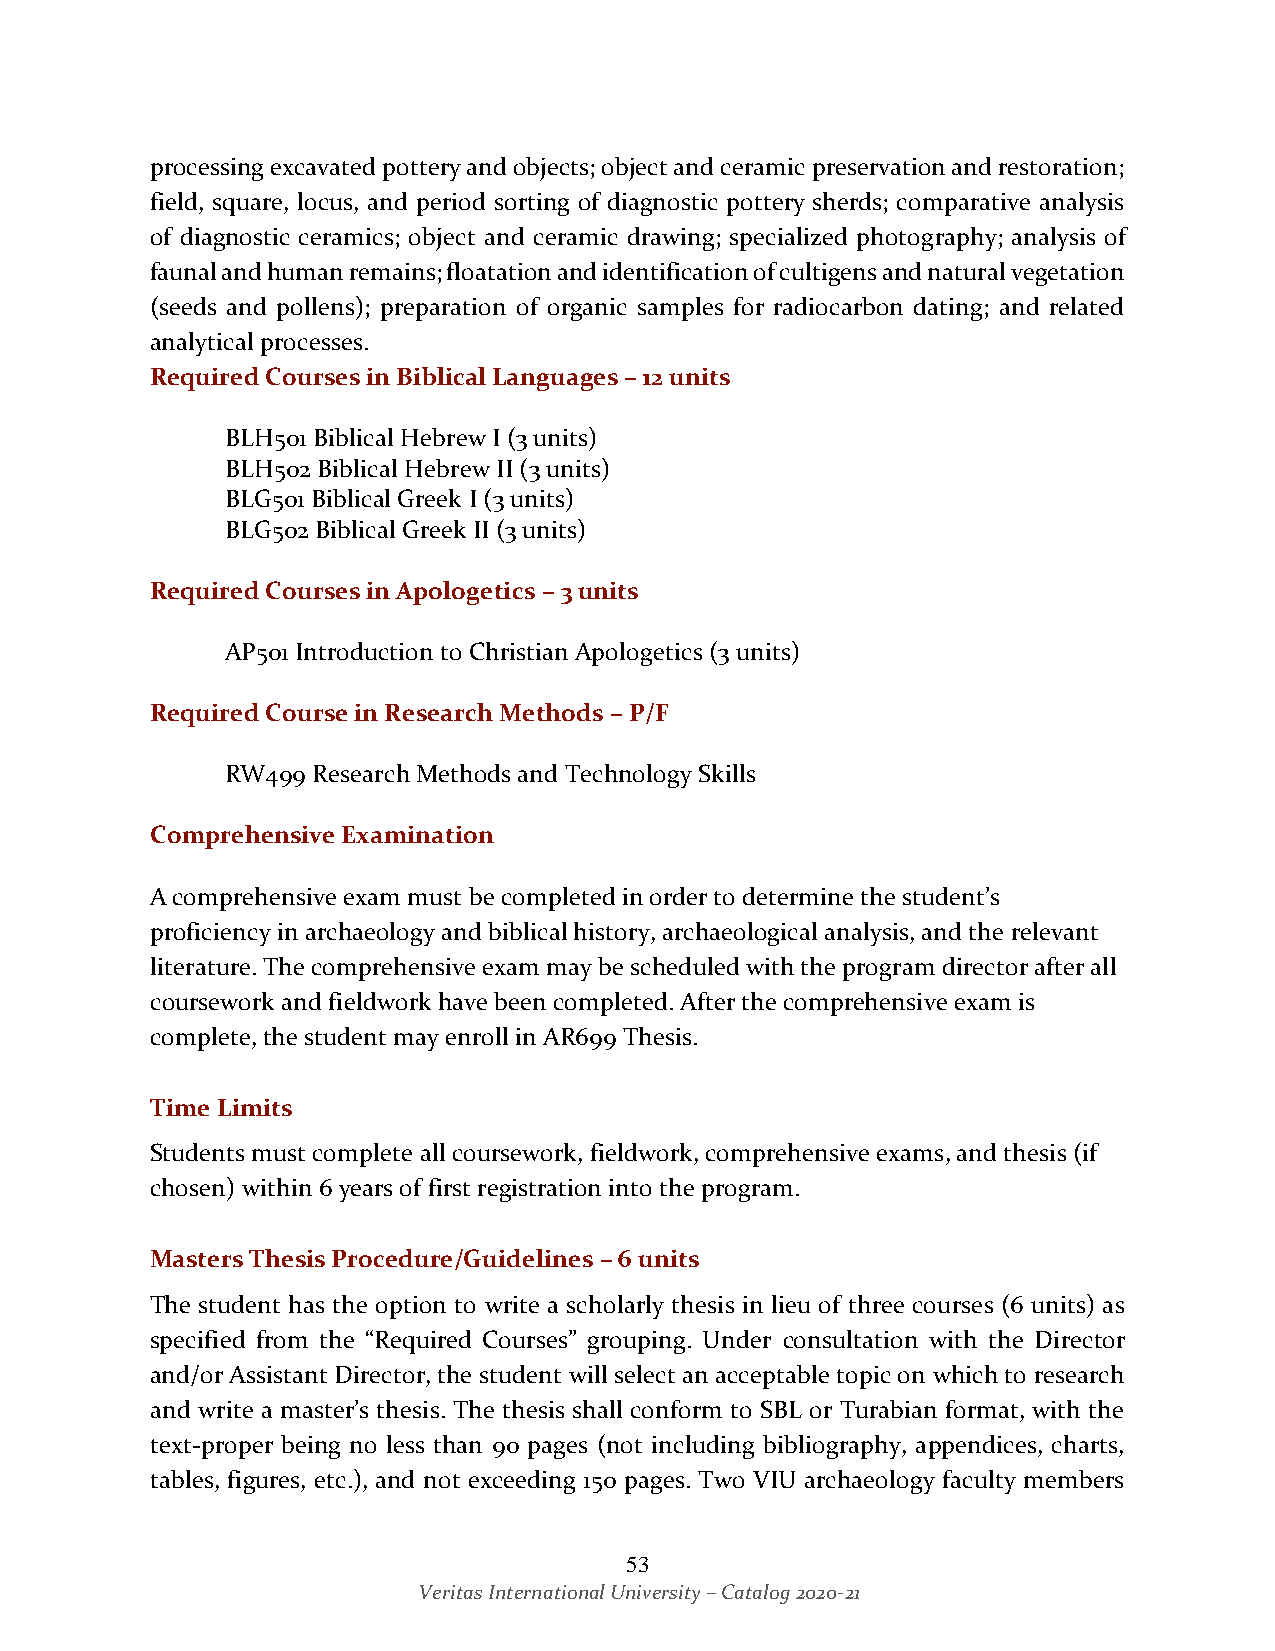
processing excavated pottery and objects; object and ceramic preservation and restoration;
 field, square, locus, and period sorting of diagnostic pottery sherds; comparative analysis
 of diagnostic ceramics; object and ceramic drawing; specialized photography; analysis of
 faunal and human remains; floatation and identification of cultigens and natural vegetation
 (seeds and pollens); preparation of organic samples for radiocarbon dating; and related
 analytical processes.
 Required Courses in Biblical Languages – 12 units
 BLH501 Biblical Hebrew I (3 units)
 BLH502 Biblical Hebrew II (3 units)
 BLG501 Biblical Greek I (3 units)
 BLG502 Biblical Greek II (3 units)
 Required Courses in Apologetics – 3 units
 AP501 Introduction to Christian Apologetics (3 units)
 Required Course in Research Methods – P/F
 RW499 Research Methods and Technology Skills
 Comprehensive Examination
 A comprehensive exam must be completed in order to determine the student’s
 proficiency in archaeology and biblical history, archaeological analysis, and the relevant
 literature. The comprehensive exam may be scheduled with the program director after all
 coursework and fieldwork have been completed. After the comprehensive exam is
 complete, the student may enroll in AR699 Thesis.
 Time Limits
 Students must complete all coursework, fieldwork, comprehensive exams, and thesis (if
 chosen) within 6 years of first registration into the program.
 Masters Thesis Procedure/Guidelines – 6 units
 The student has the option to write a scholarly thesis in lieu of three courses (6 units) as
 specified from the “Required Courses” grouping. Under consultation with the Director
 and/or Assistant Director, the student will select an acceptable topic on which to research
 and write a master’s thesis. The thesis shall conform to SBL or Turabian format, with the
 text-proper being no less than 90 pages (not including bibliography, appendices, charts,
 tables, figures, etc.), and not exceeding 150 pages. Two VIU archaeology faculty members
 53
 Veritas International University – Catalog 2020-21